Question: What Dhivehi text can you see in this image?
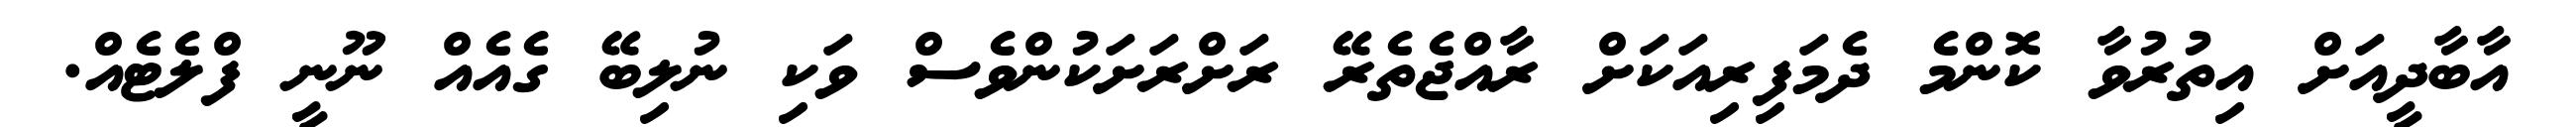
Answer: އާބާދީއަށް އިތުރުވާ ކޮންމެ ދެމަފިރިއަކަށް ރާއްޖެތެރޭ ރަށްރަށަކުންވެސް ވަކި ނުލިބޭ ގެއެއް ނޫނީ ފްލެޓެއް.